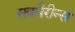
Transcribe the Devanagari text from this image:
सबमैरीन्स